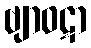
ဗျာဝဋာ